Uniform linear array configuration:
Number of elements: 12
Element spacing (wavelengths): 0.25
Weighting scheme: uniform
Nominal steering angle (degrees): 15
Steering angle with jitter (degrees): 15.291
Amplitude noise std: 0.05
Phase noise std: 0.05

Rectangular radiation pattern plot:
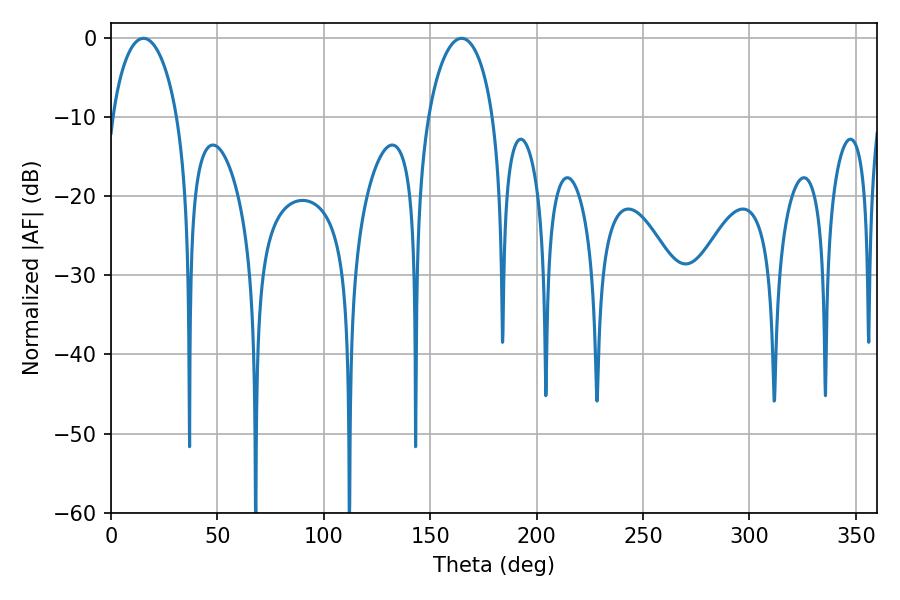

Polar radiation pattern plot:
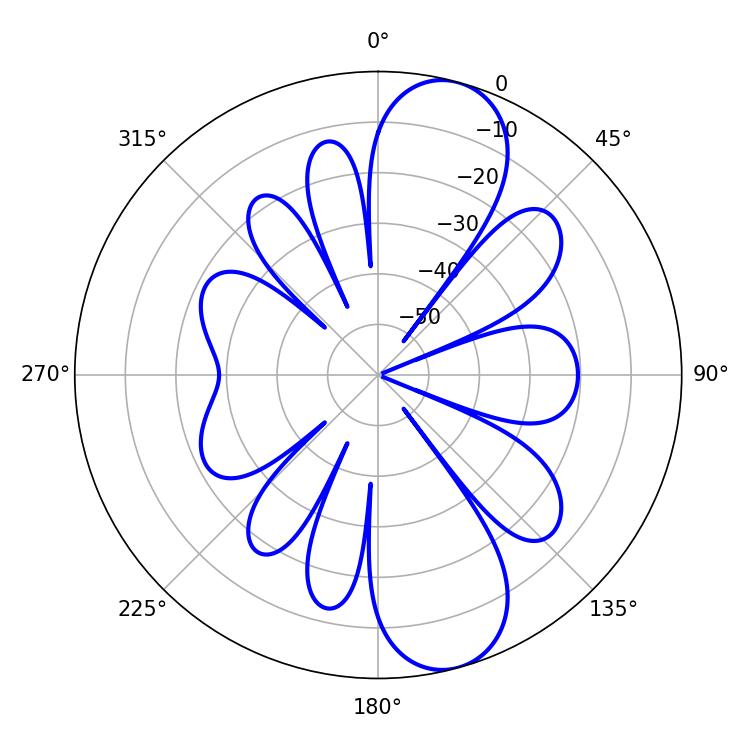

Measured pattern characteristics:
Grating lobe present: FALSE
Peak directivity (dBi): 10.531
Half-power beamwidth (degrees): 17.64
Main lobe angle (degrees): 15.3